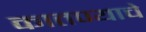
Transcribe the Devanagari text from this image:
कातण्याचे